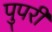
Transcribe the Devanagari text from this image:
पुपरी